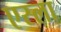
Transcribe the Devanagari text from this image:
एस्ला